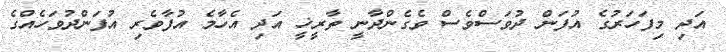
އަދި މިފަހަރުގެ އުފަން ދުވަސްވެސް ވެގެންދާނީ ތާރީޚީ އަދި އެހާމެ އުފާވެރި އުފަންދުވަހެއްގެ